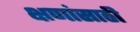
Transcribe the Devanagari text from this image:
क्षणांसाठी